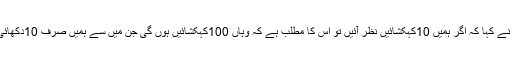
ہائس نے کہا کہ اگر ہمیں 10کہکشائیں نظر آئیں تو اس کا مطلب ہے کہ وہاں 100کہکشائیں ہوں گی جن میں سے ہمیں صرف 10دکھائی دیں۔